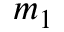
m _ { 1 }